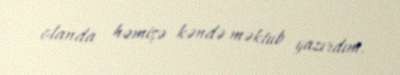
olanda həmişə kəndə məktub yazırdım.